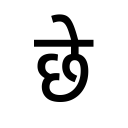
OCR:
छे